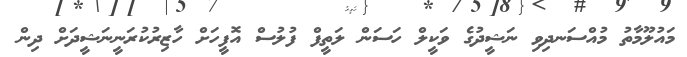
މައުލޫމާތު މުއްސަނދިވި ނަޝީދުގެ ވަކީލް ހަސަން ލަތީފް ފުލުސް އޮފީހަށް ހާޒިރުކުރަނީނަޝީދަށް ދިން